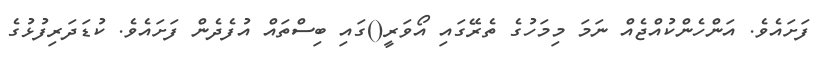
ފަށައެވެ. އަންހެންކުއްޖެއް ނަމަ މިމަހުގެ ތެރޭގައި އޯވަރީ()ގައި ބިސްތައް އުފެދެން ފަށައެވެ. ކުޑަދަރިފުޅުގެ